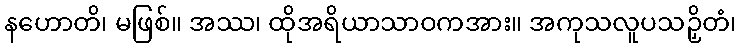
နဟောတိ၊ မဖြစ်။ အဿ၊ ထိုအရိယာသာဝကအား။ အကုသလူပသဉှိတံ၊